Medical and sanitary report of the native army of Bengal for the year
Year: 1876
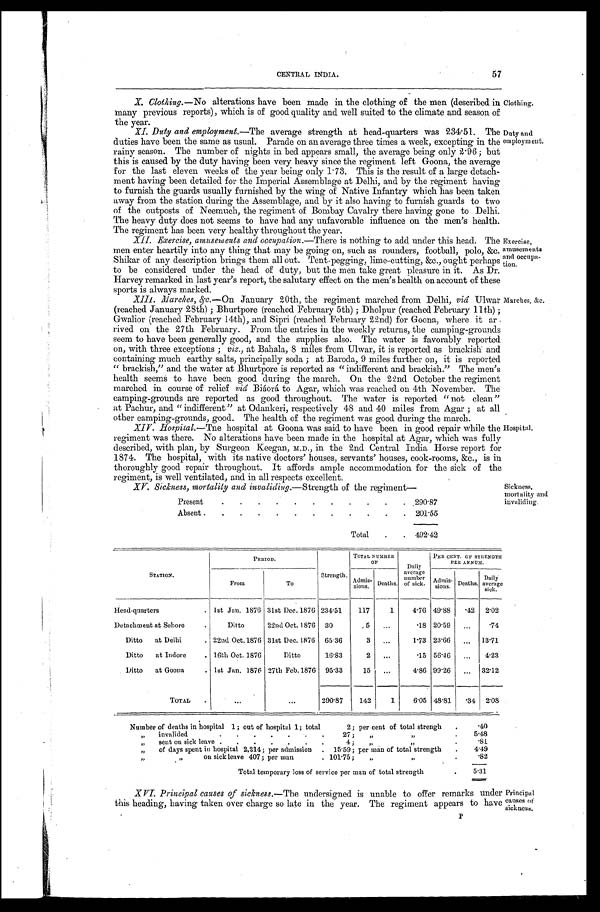
57
CENTRAL INDIA.
X. Clothing .—No alterations have been made in the clothing of the men (described in
many previous reports), which is of good quality and well suited to the climate and season of
the year.
XI. Duty and employment .—The average strength at head-quarters was 234.51. The
duties have been the same as usual. Parade on an average three times a week, excepting in the
rainy season. The number of nights in bed appears small, the average being only 2.96; but
this is caused by the duty having been very heavy since the regiment left Goona, the average
for the last eleven weeks of the year being only 1.73. This is the result of a large detach
-ment having been detailed for the Imperial Assemblage at Delhi, and by the regiment having
to furnish the guards usually furnished by the wing of Native Infantry which has been taken
away from the station during the Assemblage, and by it also having to furnish guards to two
of the outposts of Neemuch, the regiment of Bombay Cavalry there having gone to Delhi.
The heavy duty does not seems to have had any unfavorable influence on the men's health.
The regiment has been very healthy throughout the year.
Clothing.
Duty and
employment.
XII. Exercise, amusements and occupation .—There is nothing to add under this head. The
men enter heartily into any thing that may be going on, such as rounders, football, polo, &c.
Shikar of any description brings them all out. Tent-pegging, lime-cutting, &c., ought perhaps
to be considered under the head of duty, but the men take great pleasure in it. As Dr.
Harvey remarked in last year's report, the salutary effect on the men's health on account of these
sports is always marked.
XIII. Marches, &c.—On January 20th, the regiment marched from Delhi, viâ Ulwar
(reached January 28th); Bhurtpore (reached February 5th); Dholpur (reached February 11 th);
Gwalior (reached February 14th), and Sipri (reached February 22nd) for Goona, where it ar
- r i v e d o n t h e 2 7 t h F e b r u a r y . F r o m t h e e n t r i e s i n t h e w e e k l y r e t u r n s , t h e c a m p i n g - g r o u n d s
seem to have been generally good, and the supplies also. The water is favorably reported
on, with three exceptions; viz., at Bahala, 8 miles from Ulwar, it is reported as brackish and
containing much earthy salts, principally soda; at Barak, 9 miles further on, it is reported
"brackish," and the water at Bhurtpore is reported as "indifferent and brackish." The men's
health seems to have been good during the march. On the 22nd October the regiment
marched in course of relief viâ Biáorá to Agar, which was reached on 4th November. The
camping-grounds are reported as good throughout. The water is reported "not clean"
at Pachur, and "indifferent" at Odankeri, respectively 48 and 40 miles from Agar; at all
other camping-grounds, good. The health of the regiment was good during the march.
Exercise,
amusements
and occupa
-tion.
Marches, &c.
Hospital.
XIV. Hospital .—The hospital at Goona was said to have been in good repair while the
regiment was there. No alterations have been made in the hospital at Agar, which was fully
described, with plan, by Surgeon Keegan, M.D., in the 2nd Central India Horse report for
1874. The hospital, with its native doctors' houses, servants' houses, cook-rooms, &c., is in
thoroughly good repair throughout. It affords ample accommodation for the sick of the
regiment, is well ventilated, and in all respects excellent.
XV. Sickness, mortality and invaliding .—Strength of the regiment—
Present
.
.
.
290.87
Absent
.
.
.
201.55
Total . . .
492.42
Sickness,
mortality and
invaliding.
STATION.
PERIOD.
Strength.
TOTAL NUMBER
O F
Daily
average
number
of sick.
PER CENT. OF STRENGTH
PER ANNUM.
From
To
Admis-
sions
Deaths.
Admis-
sions.
Deaths.
Daily
average
sick.
H e a d - q u a r t e r s . . . 1st Jan. 1876 31st Dec. 1876 234.51
117
1
4.76 49.88
.42
2.02
Detachment at Sehore . . .
Ditto
22nd Oct. 1876
30
5
. . .
.18 20.59
. . .
.74
Ditto at Delhi . . . 22nd Oct. 1876 31st Dec. 1876
65.36
3
. . .
1.73 23.66
. . .
13.71
Ditto at Indore . . . 16th Oct. 1876
Ditto
16.83
2
. . .
.15 56.46
. . .
4.23
Ditto at Goona . . . 1st Jan. 1876 27th Feb. 1876
95.33
15
. . .
4.86 99.26
. . .
32.12
TOTAL . . .
. . .
. . .
290.87
142
1
6.05 48.81 .34
2.08
Number of deaths in hospital 1; out of hospital 1; total 2; per cent of total strengh . . .
.40
" invalided . . . 27; " " . . .
5.48
" sent on sick leave 4; " " . . .
. 8 1
" of days spent in hospital 2,214; per admission . . . 15.59; per main of total strength . . .
" " on sick leave 407; per man . . . 101.75; " "
4 . 4 9
. 8 2
Total temporary loss of service per man of total strength . . .
5.31
XVI. Principal causes of sickness .—The undersigned is unable to offer remarks under
this heading, having taken over charge so late in the year. The regiment appears to have
Principal
causes of
sickness.